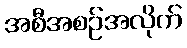
အစီအစဉ်အလိုက်